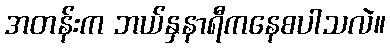
အတန်းက ဘယ်နှနာရီကနေစပါသလဲ။